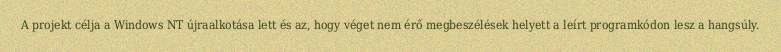
A projekt célja a Windows NT újraalkotása lett és az, hogy véget nem érő megbeszélések helyett a leírt programkódon lesz a hangsúly.